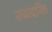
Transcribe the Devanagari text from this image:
स्यादस्ति